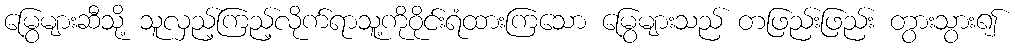
မြွေများဆီသို့ သူလှည့်ကြည့်လိုက်ရာသူ့ကိုဝိုင်းရံထားကြသော မြွေများသည် တဖြည်းဖြည်း တွားသွား၍